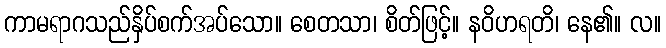
ကာမရာဂသည်နှိပ်စက်အပ်သော။ စေတသာ၊ စိတ်ဖြင့်။ နဝိဟရတိ၊ နေ၏။ လ။